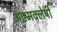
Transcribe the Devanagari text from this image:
आत्मक्लेषी